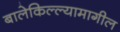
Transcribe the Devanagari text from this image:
बालेकिल्ल्यामागील